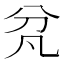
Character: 𭃓